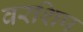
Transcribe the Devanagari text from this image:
वरशिप